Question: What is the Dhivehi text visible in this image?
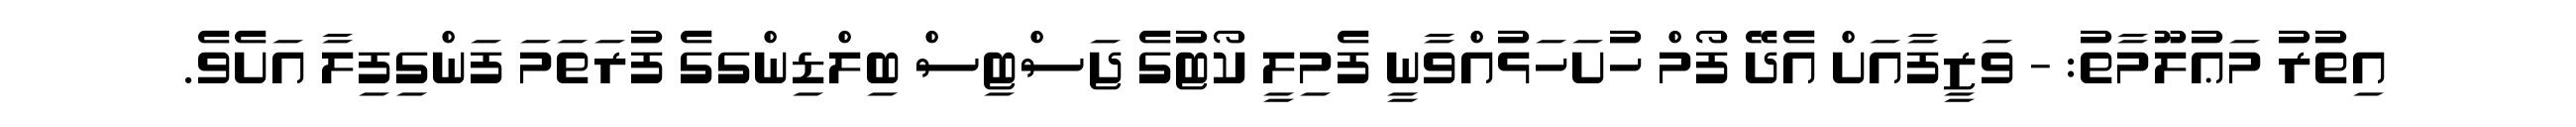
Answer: އިތުރު މަޢުލޫމާތު: - ވަޒީފާއަށް އެދޭ ފޯމް ހުށަހަޅުއްވާނީ ފެމިލީ ކޯޓުގެ ޖަސްޓިސް ބިލްޑިންގގެ ފުރަތަމަ ފަންގިފިލާ އަށެވެ.